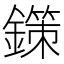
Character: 鏼